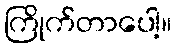
ကြိုက်တာပေါ့။